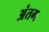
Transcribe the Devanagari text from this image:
अंतग